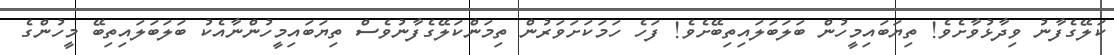
ކަލޭގެފާނު ވިދާޅުވާށެވެ! ތިޔަބައިމީހުން ބަލަބަލައިތިބޭށެވެ! ފަހެ ހަމަކަށަވަރުން ތިމަންކަލޭގެފާނުވެސް ތިޔަބައިމީހުންނާއެކު ބަލަބަލައިތިބޭ މީހުންގެ